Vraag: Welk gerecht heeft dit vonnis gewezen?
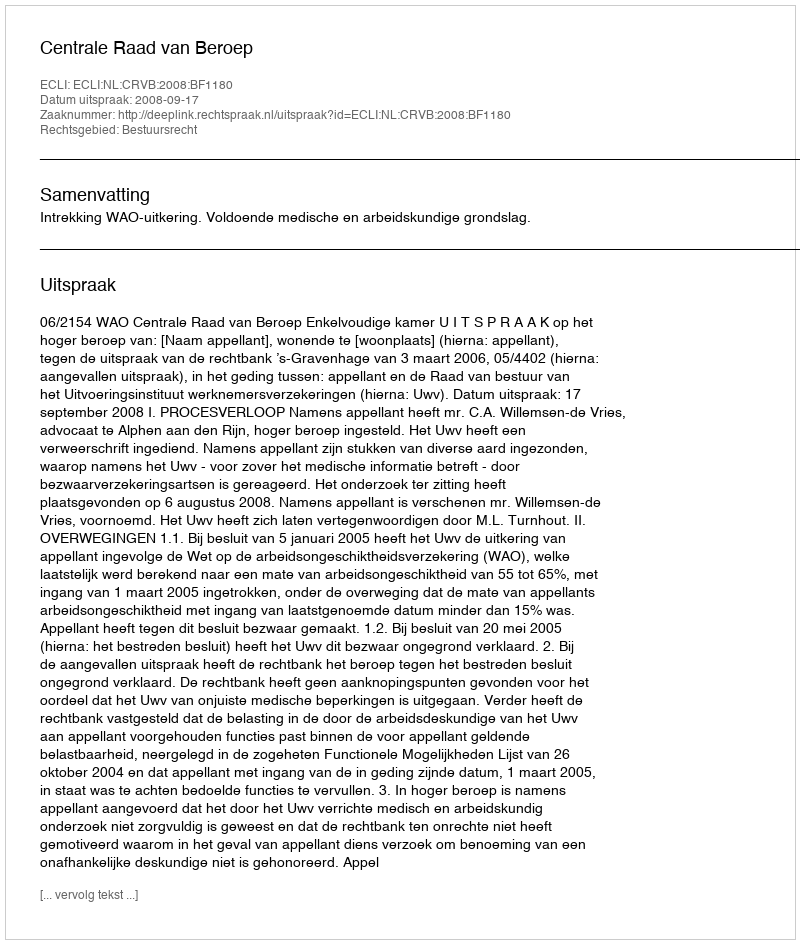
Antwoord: Centrale Raad van Beroep